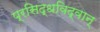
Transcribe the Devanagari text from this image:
प्रसिद्धविद्वान्